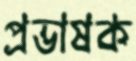
প্রভাষক